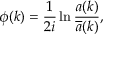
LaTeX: \phi ( k ) = { \frac 1 { 2 i } } \ln \frac { a ( k ) } { \overline { { { a } } } ( k ) } ,